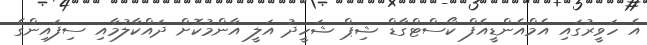
އެ ހަވީރުގައި އެމްއެންޑީއެފް ކޯސްޓްގާޑް ޝިޕް ޝަހީދު އަލީ އާންމުކޮށް ދައްކާލުމާއި ސިފައިންގެ